65_HS1-834228961_62-HQ-83894_Section_1
Agency: FBI
Page 18
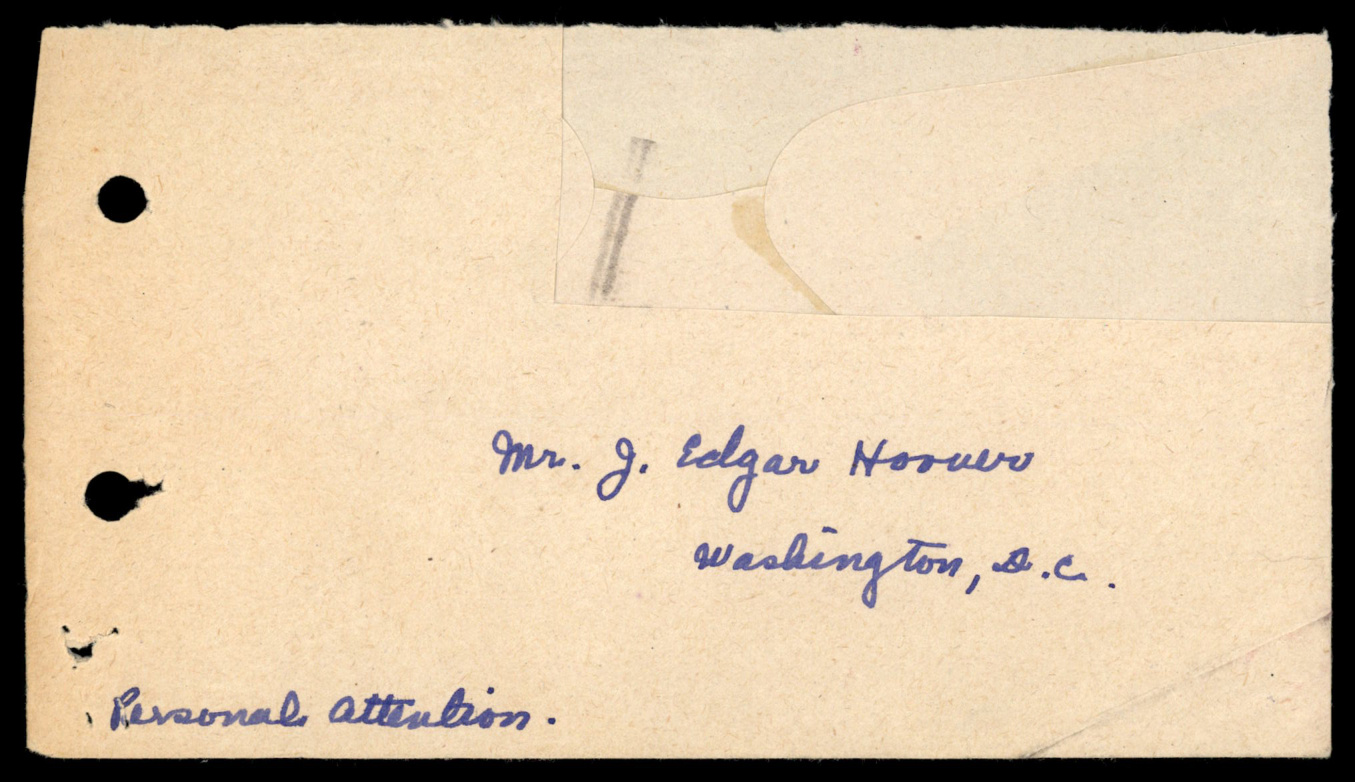